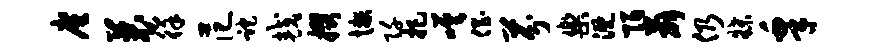
廑曩徉范跎较掇懒阡把嗟倡芬乐溉陌薛仍牒皋